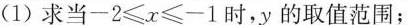
(1)求当$$- 2 ≤ x ≤ - 1$$时，y的取值范围；